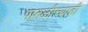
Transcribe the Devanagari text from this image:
पातळीच्याही